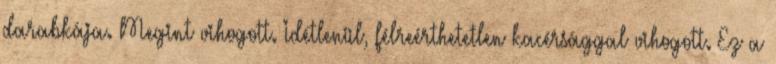
darabkája. Megint vihogott. Idétlenül, félreérthetetlen kacérsággal vihogott. Ez a